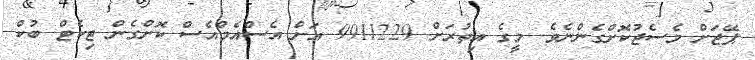
ޕޭޖަށް މެސެޖުކޮށްގެންނެވެ. މީގެ އިތުރަށް 9911229 އަށް އެސްއެމްއެސް ކޮށްގެން ޓިކެޓް ބުކް